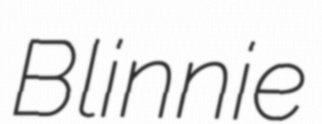
Blinnie